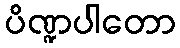
ပိဏ္ဍပါတော